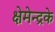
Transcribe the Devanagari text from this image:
क्षेमेन्द्रके